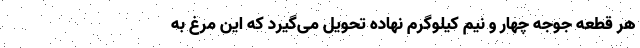
هر قطعه جوجه چهار و نیم کیلوگرم نهاده تحویل می‌گیرد که این مرغ به